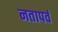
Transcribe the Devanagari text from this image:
नतापर्व